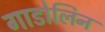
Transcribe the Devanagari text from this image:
गाडोलिन